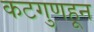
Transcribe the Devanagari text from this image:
कटगुणहून